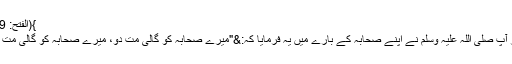
}(الفتح: 29)
اور آپ صلی اللہ علیہ وسلم نے اپنے صحابہ کے بارے میں یہ فرمایا کہ:&"میرے صحابہ کو گالی مت دو، میرے صحابہ کو گالی مت دو۔